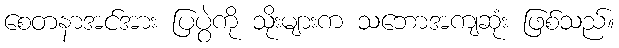
စေတနာအင်အား ပြပွဲကို သိုးများက သဘောအကျဆုံး ဖြစ်သည်။